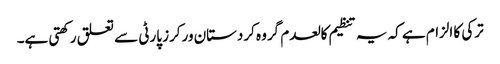
ترکی کا الزام ہے کہ یہ تنظیم کالعدم گروہ کردستان ورکرز پارٹی سے تعلق رکھتی ہے۔